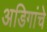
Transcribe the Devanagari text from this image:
अडिगांचे